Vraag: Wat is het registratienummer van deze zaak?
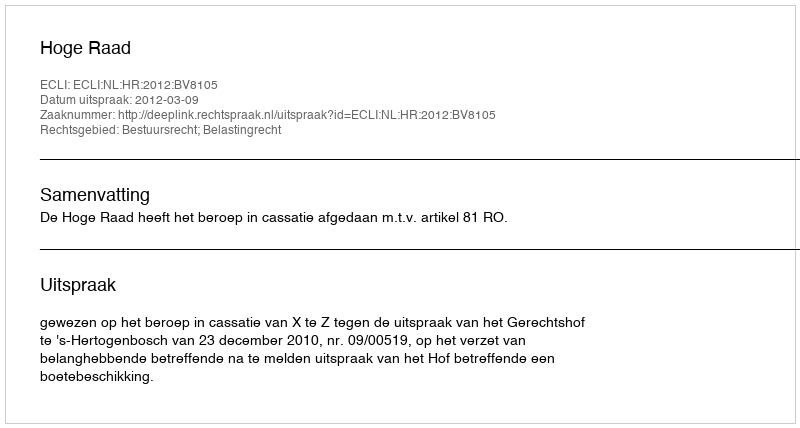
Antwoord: http://deeplink.rechtspraak.nl/uitspraak?id=ECLI:NL:HR:2012:BV8105